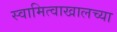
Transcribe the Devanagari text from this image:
स्वामित्वाखालच्या